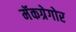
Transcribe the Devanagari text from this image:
मॅकग्रेगोर